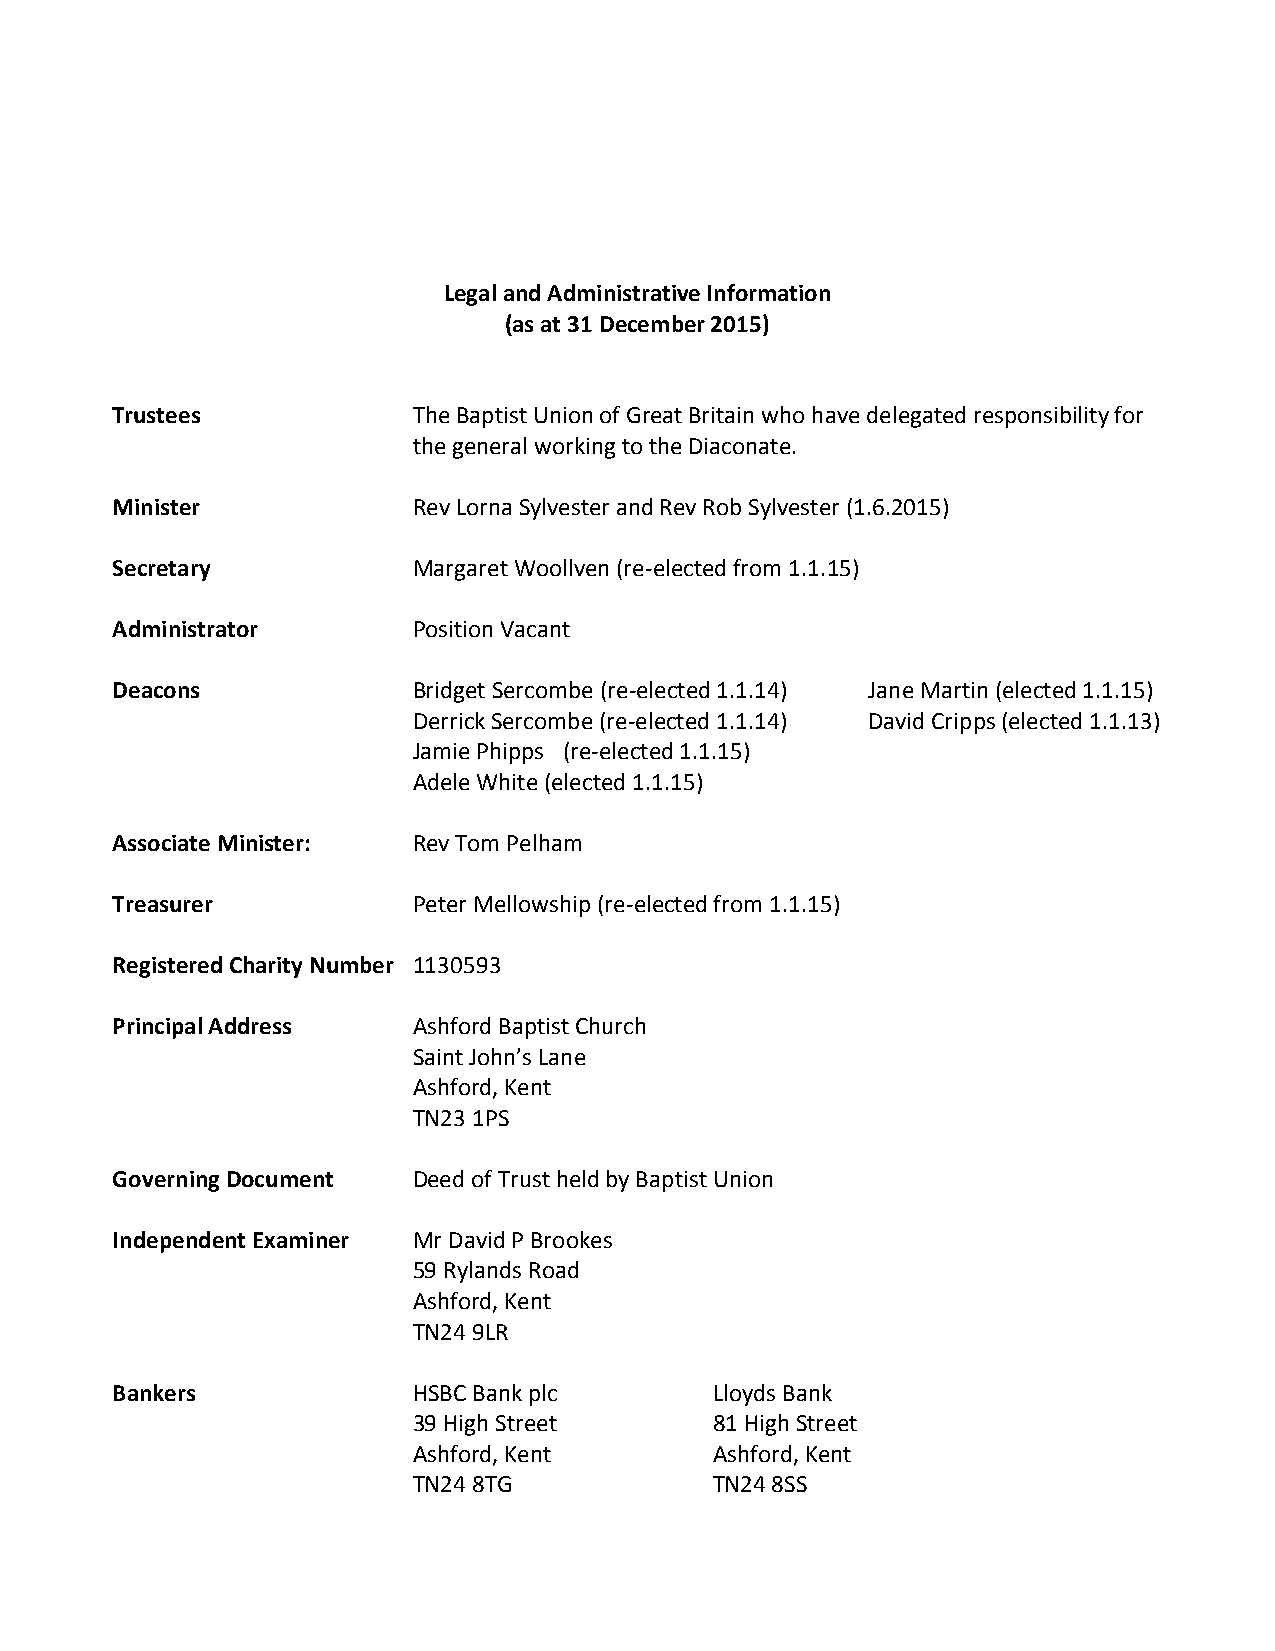
Legal and Administrative Information
 (as at 31 December 2015)
 Trustees            The Baptist Union of Great Britain who have delegated responsibility for
 the general working to the Diaconate.
 Minister            Rev Lorna Sylvester and Rev Rob Sylvester (1.6.2015)
 Secretary           Margaret Woollven (re-elected from 1.1.15)
 Administrator       Position Vacant
 Deacons             Bridget Sercombe (re-elected 1.1.14) Jane Martin (elected 1.1.15)
 Derrick Sercombe (re-elected 1.1.14) David Cripps (elected 1.1.13)
 Jamie Phipps (re-elected 1.1.15)
 Adele White (elected 1.1.15)
 Associate Minister: Rev Tom Pelham
 Treasurer           Peter Mellowship (re-elected from 1.1.15)
 Registered Charity Number 1130593
 Principal Address   Ashford Baptist Church
 Saint John’s Lane
 Ashford, Kent
 TN23 1PS
 Governing Document  Deed of Trust held by Baptist Union
 Independent Examiner Mr David P Brookes
 59 Rylands Road
 Ashford, Kent
 TN24 9LR
 Bankers             HSBC Bank plc       Lloyds Bank
 39 High Street      81 High Street
 Ashford, Kent       Ashford, Kent
 TN24 8TG            TN24 8SS